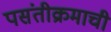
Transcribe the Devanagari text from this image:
पसंतीक्रमाची